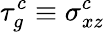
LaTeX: \tau_{g}^{c}\equiv\sigma_{xz}^{c}